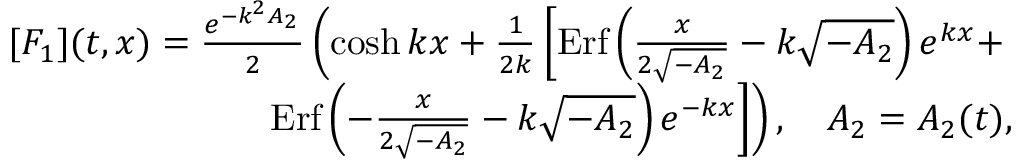
\begin{array} { r l r } & { } & { [ F _ { 1 } ] ( t , x ) = \frac { e ^ { - k ^ { 2 } A _ { 2 } } } { 2 } \left( \cosh k x + \frac { 1 } { 2 k } \left[ \mathrm { E r f } \left( \frac { x } { 2 \sqrt { - A _ { 2 } } } - k \sqrt { - A _ { 2 } } \right) e ^ { k x } + \right. \right. } \\ & { } & { \left. \left. \mathrm { E r f } \left( - \frac { x } { 2 \sqrt { - A _ { 2 } } } - k \sqrt { - A _ { 2 } } \right) e ^ { - k x } \right] \right) , \quad A _ { 2 } = A _ { 2 } ( t ) , } \end{array}